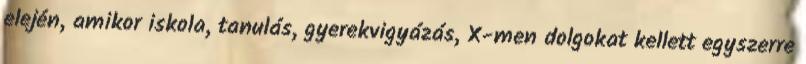
elején, amikor iskola, tanulás, gyerekvigyázás, X-men dolgokat kellett egyszerre